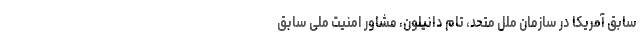
سابق آمریکا در سازمان ملل متحد، تام دانیلون، مشاور امنیت ملی سابق